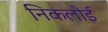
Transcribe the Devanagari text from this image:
निकलोई